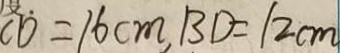
C D = 1 6 c m , B D = 1 2 c m